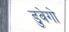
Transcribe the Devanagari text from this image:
डुवेगो